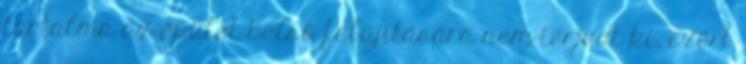
tartalma az épület belső felújítására nem terjedt ki, ezért